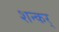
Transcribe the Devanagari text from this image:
शन्कर्